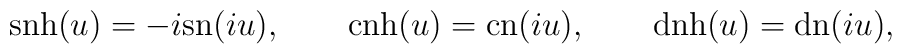
\mbox{snh}(u) = -i\mbox{sn}(iu),  \qquad  \mbox{cnh}(u) = \mbox{cn}(iu),  \qquad  \mbox{dnh}(u) = \mbox{dn}(iu),